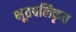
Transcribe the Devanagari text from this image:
भूतवलिकृत